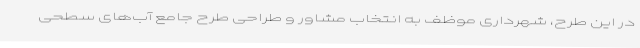
در این طرح، شهرداری موظف به انتخاب مشاور و طراحی طرح جامع آب‌های سطحی